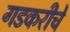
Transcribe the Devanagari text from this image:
गडकरीचे